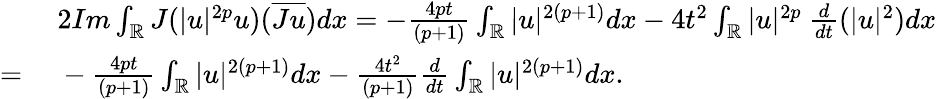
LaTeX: \begin{array}{rl}&{\ 2Im\int_{\mathbb{R}}J(|u|^{2p}u)(\overline{{Ju}})dx=-\frac{4pt}{(p+1)}\int_{\mathbb{R}}|u|^{2(p+1)}dx-4t^{2}\int_{\mathbb{R}}|u|^{2p}\ \frac{d}{dt}(|u|^{2})dx}\\ {=}&{\ -\frac{4pt}{(p+1)}\int_{\mathbb{R}}|u|^{2(p+1)}dx-\frac{4t^{2}}{(p+1)}\frac{d}{dt}\int_{\mathbb{R}}|u|^{2(p+1)}dx.}\end{array}